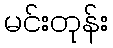
မင်းတုန်း